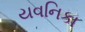
યવનિકા